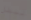
لبطل